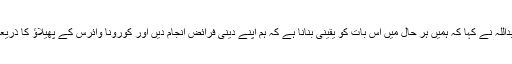
فاروق عبداللہ نے کہا کہ ہمیں ہر حال میں اس بات کو یقینی بنانا ہے کہ ہم اپنے دینی فرائض انجام دیں اور کورونا وائرس کے پھیلاﺅ کا ذریعہ نہ بنیں۔